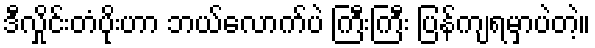
ဒီလှိုင်းတံပိုးဟာ ဘယ်လောက်ပဲ ကြီးကြီး ပြန်ကျရမှာပဲတဲ့။